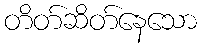
တိတ်ဆိတ်နေသော